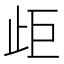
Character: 歫